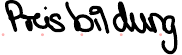
Preisbildung